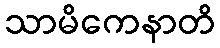
သာမိကေနာတိ